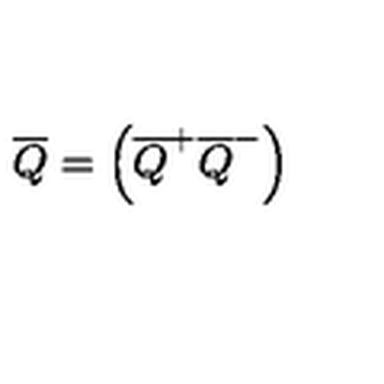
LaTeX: \overline { { Q } } = \left( \overline { { Q } } ^ { + } \overline { { Q } } ^ { - } \right)